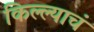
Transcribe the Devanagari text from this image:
किल्ल्याचं